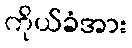
ကိုယ်ခံအား